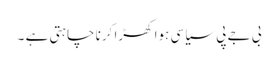
بی جے پی سیاسی ہوا کھڑا کرنا چاہتی ہے ۔